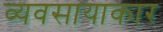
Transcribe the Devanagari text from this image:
व्यवसायाकार